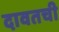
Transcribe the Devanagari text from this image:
दावतची